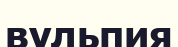
вульпия